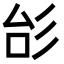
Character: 㣍